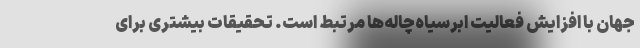
جهان با افزایش فعالیت ابرسیاه‌چاله‌ها مرتبط است. تحقیقات بیشتری برای